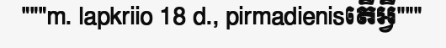
"""m. lapkriio 18 d., pirmadienisតើអ្វី"""